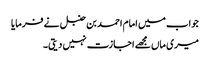
جواب میں امام احمد بن حنبل نے فرمایا
میری ماں مجھے اجازت نہیں دیتی۔